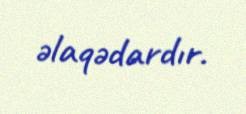
əlaqədardır.